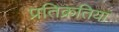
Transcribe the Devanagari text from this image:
प्रतिक्रतियां